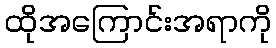
ထိုအကြောင်းအရာကို